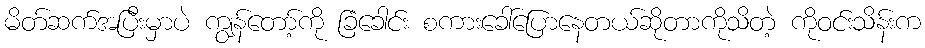
မိတ်ဆက်အပြီးမှာပဲ ကျွန်တော့်ကို ခြံခေါင်း စကားခေါ်ပြောနေတယ်ဆိုတာကိုသိတဲ့ ကိုဝင်းသိန်းက